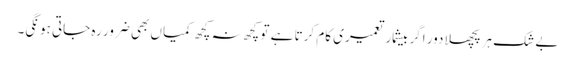
بے شک ہر پچھلا دور اگر بیشمار تعمیری کام کرتا ہے تو کچھ نہ کچھ کمیاں بھی ضرور رہ جاتی ہونگی۔